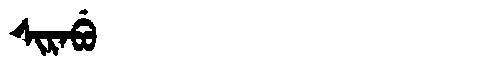
Manchu: ᠰᡳᡵᠠᠪᡠ
Romanization: SIRABU